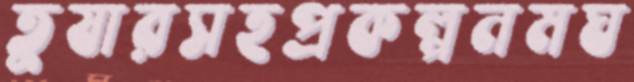
তুষারসহপ্রকল্পনমঘ